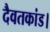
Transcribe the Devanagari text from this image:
दैवतकांड।